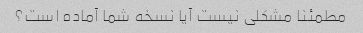
مطمئنا مشکلی نیست آیا نسخه شما آماده است؟